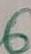
Text: 6